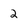
Character: 2